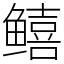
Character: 𬶮